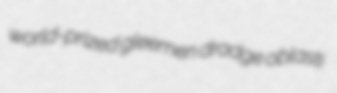
world-prized gleemen dradge oblasti